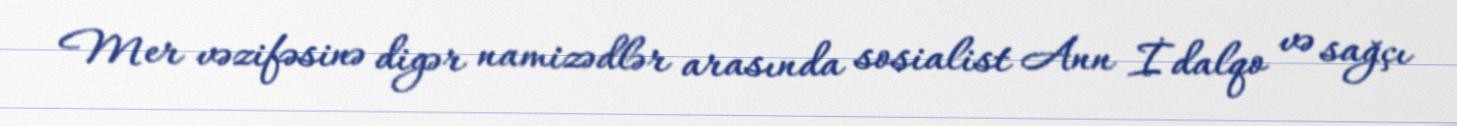
Mer vəzifəsinə digər namizədlər arasında sosialist Ann İdalqo və sağçı